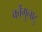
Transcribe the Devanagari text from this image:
कोंगुनाटु